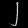
Digit: ၂